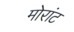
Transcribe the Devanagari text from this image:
मोरांट